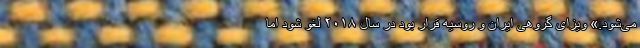
می‌شود.» ویزای گروهی ایران و روسیه قرار بود در سال ۲۰۱۸ لغو شود اما